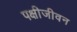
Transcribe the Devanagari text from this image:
पक्षीजीवन